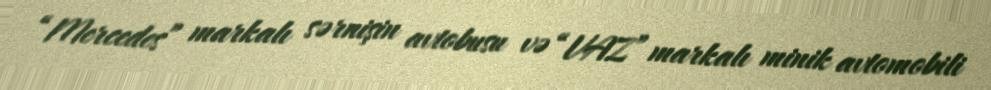
“Mercedes” markalı sərnişin avtobusu və “VAZ” markalı minik avtomobili